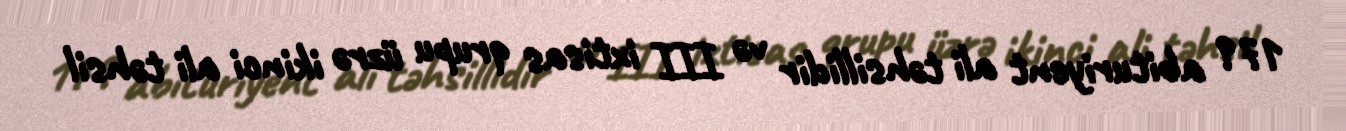
179 abituriyent ali təhsillidir və III ixtisas qrupu üzrə ikinci ali təhsil